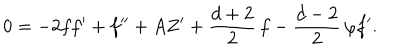
0 = - 2 f f ^ { \prime } + f ^ { \prime \prime } + A Z ^ { \prime } + \frac { d + 2 } { 2 } \, f - \frac { d - 2 } { 2 } \, \varphi f ^ { \prime } .